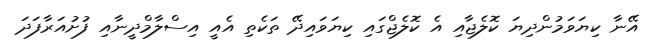
އޭނާ ކިޔަވަމުންދިޔަ ކޮލެޖާއި އެ ކޮލެޖްގައި ކިޔަވައިދޭ ތަކެތި އެއީ އިސްލާމްދީނާއި ފުށުއަރާފަދަ